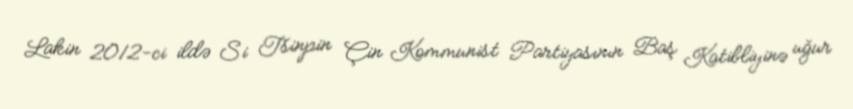
Lakin 2012-ci ildə Si Tsinpin Çin Kommunist Partiyasının Baş Katibliyinə uğur